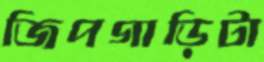
জিপগাড়িটা